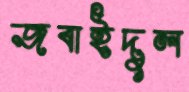
জবাইদুল